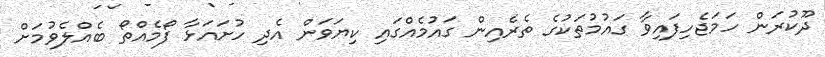
ދޫކުރަން ހަމަޖެހިފައިވާ ގައުމުތަކުގެ ތެރެއިން ގައުމެއްގައި ކިޔަވަން އެދި ހުށައަޅާ ފޯމެއްތޯ ބެއްލެވުމަށް